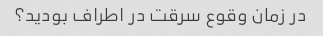
در زمان وقوع سرقت در اطراف بودید؟